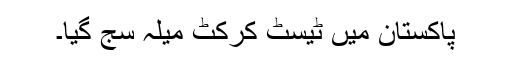
پاکستان میں ٹیسٹ کرکٹ میلہ سج گیا۔